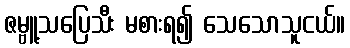
ဇမ္ဗူ့သပြေသီး မစားရ၍ သေသောသူငယ်။